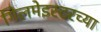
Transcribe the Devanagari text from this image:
गिलमेइस्टरच्या